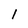
Character: I